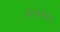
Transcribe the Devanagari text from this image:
कावकाव